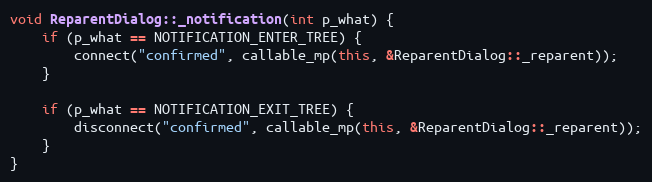
Language: C++
void ReparentDialog::_notification(int p_what) {
	if (p_what == NOTIFICATION_ENTER_TREE) {
		connect("confirmed", callable_mp(this, &ReparentDialog::_reparent));
	}

	if (p_what == NOTIFICATION_EXIT_TREE) {
		disconnect("confirmed", callable_mp(this, &ReparentDialog::_reparent));
	}
}